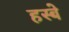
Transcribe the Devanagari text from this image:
हस्बे